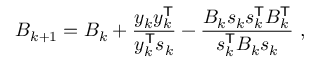
B _ { k + 1 } = B _ { k } + { \frac { y _ { k } y _ { k } ^ { \mathsf { T } } } { y _ { k } ^ { \mathsf { T } } s _ { k } } } - { \frac { B _ { k } s _ { k } s _ { k } ^ { \mathsf { T } } B _ { k } ^ { \mathsf { T } } } { s _ { k } ^ { \mathsf { T } } B _ { k } s _ { k } } } \ ,